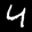
Label: 4